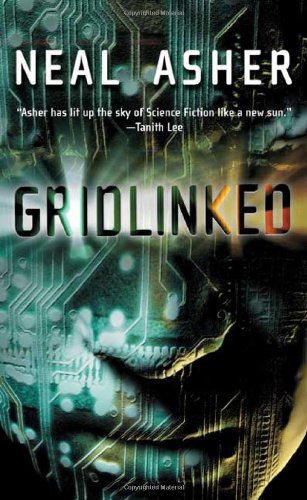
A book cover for Gridlinked (Ian Cormac, Book 1); Neal Asher; Science Fiction & Fantasy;